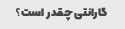
گارانتی چقدر است؟